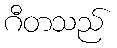
ဂီတသည်